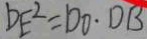
D E ^ { 2 } = D O \cdot D B